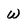
Character: w